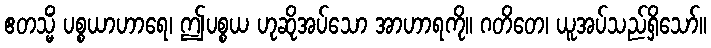
ဧတသ္မိံ ပစ္စယာဟာရေ၊ ဤပစ္စယ ဟုဆိုအပ်သော အာဟာရကို။ ဂတိတေ၊ ယူအပ်သည်ရှိသော်။